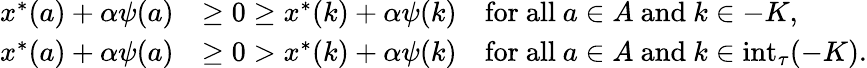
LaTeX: \begin{array}{rl}{x^{*}(a)+\alpha\psi(a)}&{\geq 0\geq x^{*}(k)+\alpha\psi(k)\quad\mathrm{for~all~}a\in A\mathrm{~and~}k\in-K,}\\ {x^{*}(a)+\alpha\psi(a)}&{\geq 0>x^{*}(k)+\alpha\psi(k)\quad\mathrm{for~all~}a\in A\mathrm{~and~}k\in\mathrm{int}_{\tau}(-K).}\end{array}